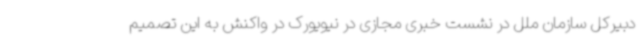
دبیرکل سازمان ملل در نشست خبری مجازی در نیویورک در واکنش به این تصمیم